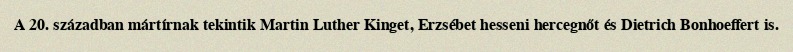
A 20. században mártírnak tekintik Martin Luther Kinget, Erzsébet hesseni hercegnőt és Dietrich Bonhoeffert is.